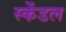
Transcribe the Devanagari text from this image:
स्केंडल